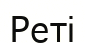
Реті